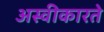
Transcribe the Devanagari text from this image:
अस्‍वीकारते